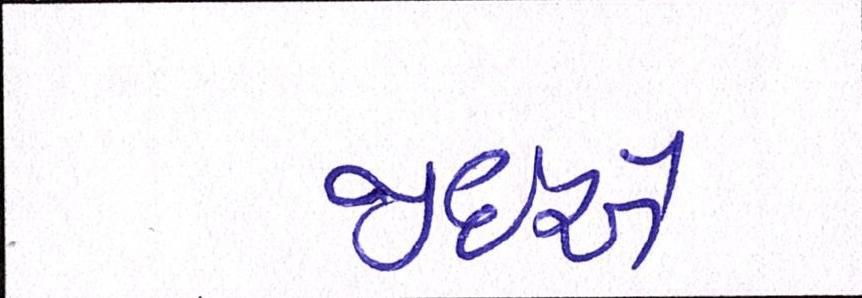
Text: જીઇએ